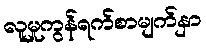
လူမှုကွန်ရက်စာမျက်နှာ